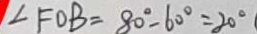
\angle F O B = 8 0 ^ { \circ } - 6 0 ^ { \circ } = 2 0 ^ { \circ }